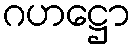
ဂဟဋ္ဌော